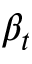
\beta _ { t }